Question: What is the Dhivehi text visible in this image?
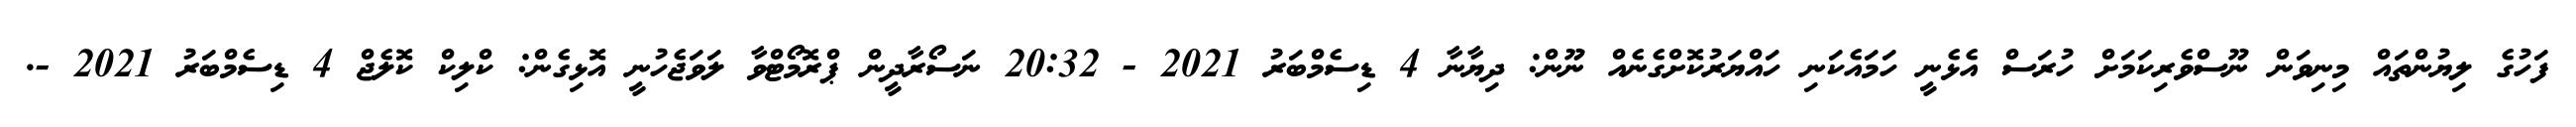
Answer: ފަހުގެ ލިޔުންތައް މިނިވަން ނޫސްވެރިކަމަށް ހުރަސް އެޅެނީ ހަމައެކަނި ހައްޔަރުކޮށްގެނެއް ނޫން: ދިޔާނާ 4 ޑިސެމްބަރު 2021 - 20:32 ނަސޯރާދީން ޕްރޮމޯޓްވާ ލަވަޖެހުނީ އޮޅިގެން: ކްލިކް ކޮލެޖް 4 ޑިސެމްބަރު 2021 -.